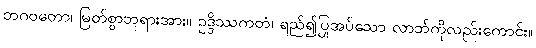
ဘဂဝတော၊ မြတ်စွာဘုရားအား။ ဥဒ္ဒိဿကတံ၊ ရည်၍ပြုအပ်သော လာဘ်ကိုလည်းကောင်း။